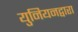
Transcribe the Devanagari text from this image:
युनियनद्वारा